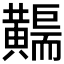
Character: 𪏣